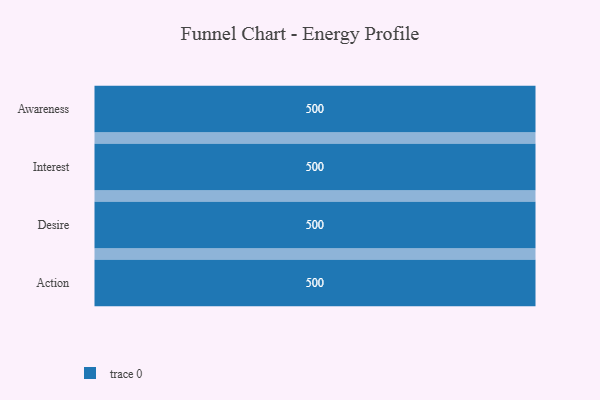
{"axis": {"x": "Stage", "y": "Value"}, "legend": [""], "data": [{"x": "Awareness", "y": 500, "type": ""}, {"x": "Interest", "y": 500, "type": ""}, {"x": "Desire", "y": 500, "type": ""}, {"x": "Action", "y": 500, "type": ""}]}